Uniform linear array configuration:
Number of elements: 48
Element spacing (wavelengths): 0.25
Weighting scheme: cosine
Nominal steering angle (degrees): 30
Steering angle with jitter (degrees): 30.365
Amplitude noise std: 0.05
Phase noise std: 0.05

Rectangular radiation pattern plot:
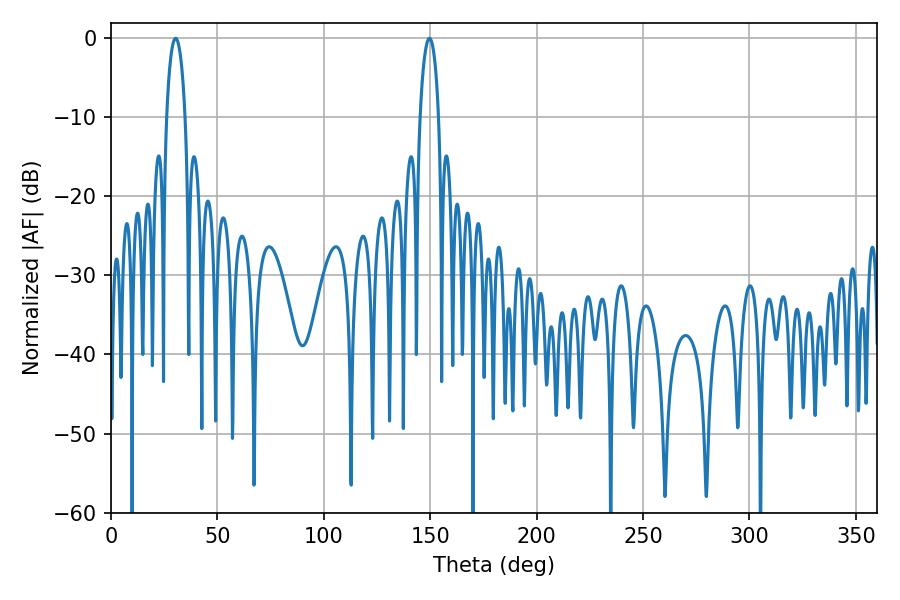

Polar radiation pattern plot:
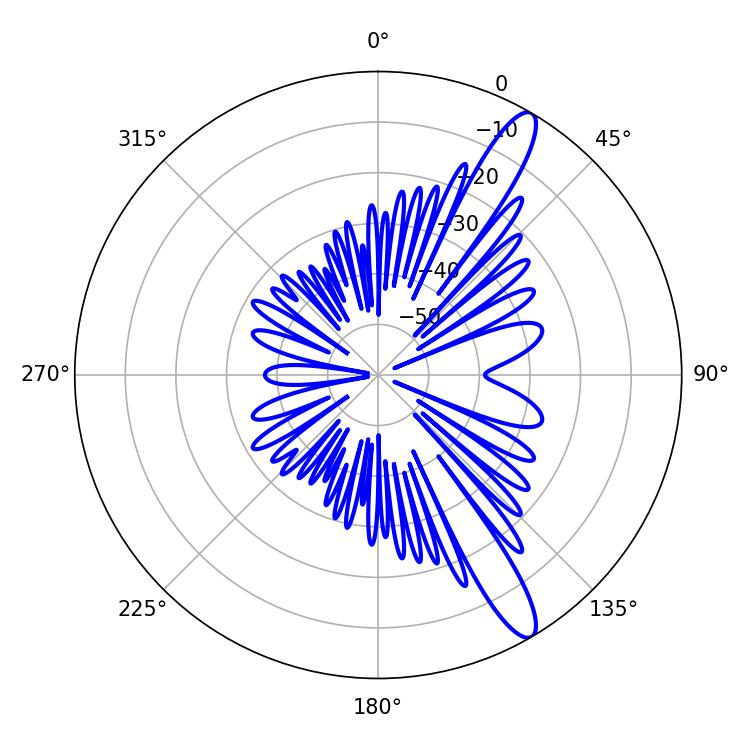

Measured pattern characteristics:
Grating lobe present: FALSE
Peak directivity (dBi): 13.078
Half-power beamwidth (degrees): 5.04
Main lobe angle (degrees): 30.42